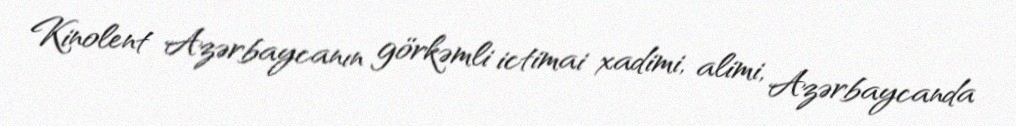
Kinolent Azərbaycanın görkəmli ictimai xadimi, alimi, Azərbaycanda